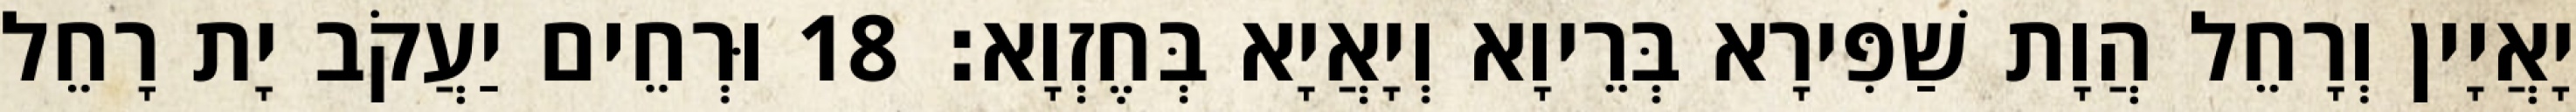
יָאֲיָין וְרָחֵל הֲוָת שַׁפִּירָא בְּרֵיוָא וְיָאֲיָא בְּחֶזְוָא׃ 18 וּרְחֵים יַעֲקֹב יָת רָחֵל